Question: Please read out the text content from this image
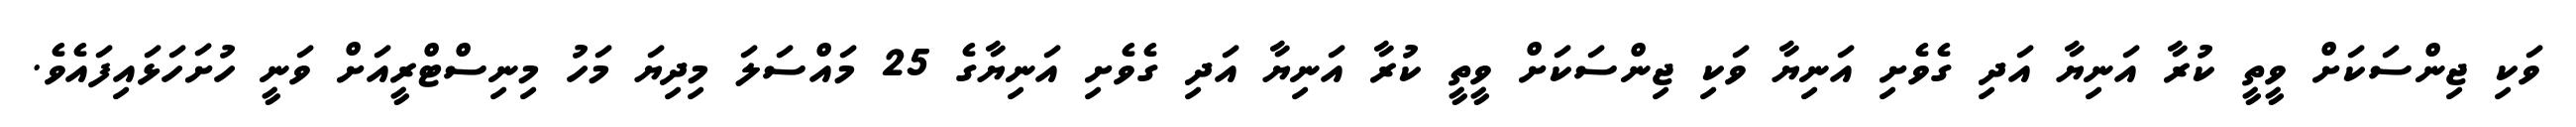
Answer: ވަކި ޖިންސަކަށް ވީތީ ކުރާ އަނިޔާ އަދި ގެވެށި އަނިޔާ ވަކި ޖިންސަކަށް ވީތީ ކުރާ އަނިޔާ އަދި ގެވެށި އަނިޔާގެ 25 މައްސަލަ މިދިޔަ މަހު މިނިސްޓްރީއަށް ވަނީ ހުށަހަޅައިފައެވެ.